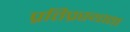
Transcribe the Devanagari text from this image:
प्रतिप्रस्थाता